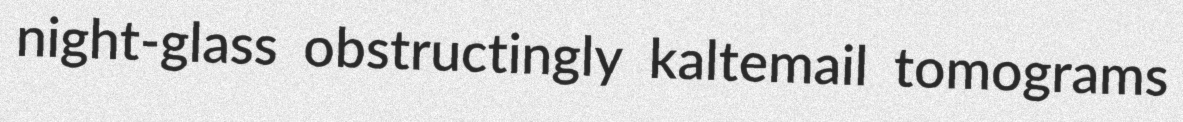
night-glass obstructingly kaltemail tomograms